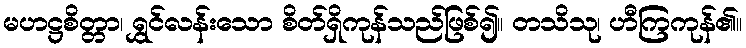
မဟဋ္ဌစိတ္တာ၊ ရွှင်လန်းသော စိတ်ရှိကုန်သည်ဖြစ်၍။ တသိသု၊ ဟီကြကုန်၏။